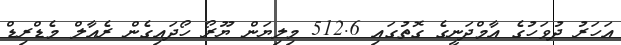
އަހަރު ދުވަހުގެ އާމްދަނީގެ ގޮތުގައި 512.6 މިލިޔަން ޔޫރޯ ހޯދައިގެން ރެއާލް މެޑްރިޑް